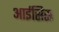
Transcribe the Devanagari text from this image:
आईसिस